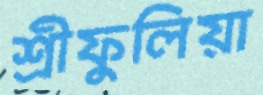
শ্রীফুলিয়া